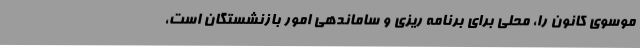
موسوی کانون را، محلی برای برنامه ریزی و ساماندهی امور بازنشستگان است،